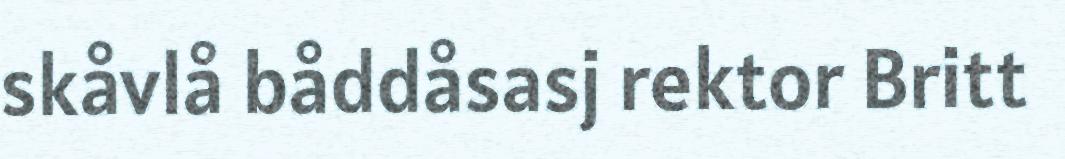
skåvlå båddåsasj rektor Britt